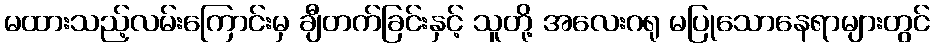
မထားသည့်လမ်းကြောင်းမှ ချီတက်ခြင်းနှင့် သူတို့ အလေးဂရု မပြုသောနေရာများတွင်